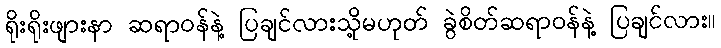
ရိုးရိုးဖျားနာ ဆရာဝန်နဲ့ ပြချင်လားသို့မဟုတ် ခွဲစိတ်ဆရာဝန်နဲ့ ပြချင်လား။